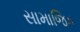
સામાજિક